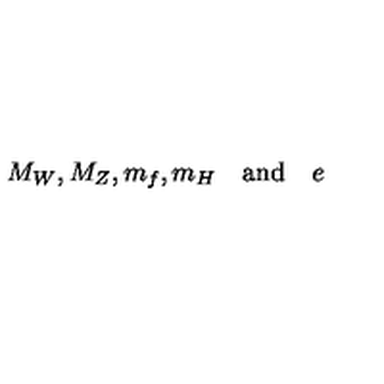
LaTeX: M _ { W } , M _ { Z } , m _ { f } , m _ { H } \quad \mathrm { a n d } \quad e